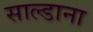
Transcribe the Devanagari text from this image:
साल्डाना